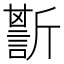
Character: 𧪷